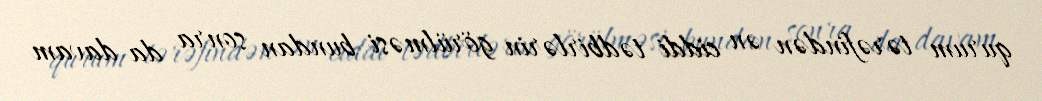
qurum tərəfindən ən ciddi tədbirlərin görülməsi bundan sonra da davam